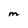
Character: M